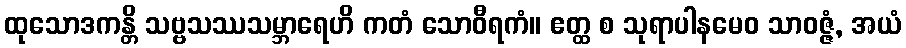
ထုသောဒကန္တိ သဗ္ဗသဿသမ္ဘာရေဟိ ကတံ သောဝီရကံ။ ဧတ္ထ စ သုရာပါနမေဝ သာဝဇ္ဇံ, အယံ